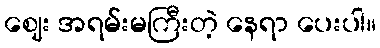
ဈေး အရမ်းမကြီးတဲ့ နေရာ ပေးပါ။